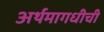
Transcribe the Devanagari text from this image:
अर्थमागधीची